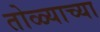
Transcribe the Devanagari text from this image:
तोळ्याच्या